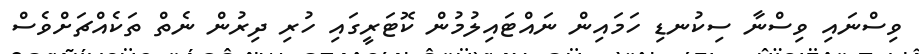
ވިސްނައި ވިސްނާ ސިކުނޑި ހަމައިން ނައްޓައިލުމުން ކޮޓަރީގައި ހުރި ދިރުން ނެތް ތަކެއްޗަށްވެސް